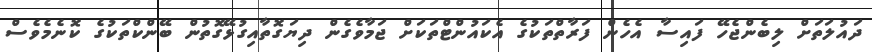
ދައުލަތަށް ލިބެންޖެހޭ ފައިސާ އެހެން ފަރާތްތަކުގެ އެކައުންޓްތަކަށް ޖަމާވެގެން ދިޔަގޮތާއިގުޅޭގޮތުން ބޭންކްތަކުގެ ކޮނެމެވެސް